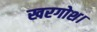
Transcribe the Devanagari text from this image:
खरगोश।